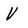
Character: V